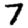
Digit: 7